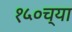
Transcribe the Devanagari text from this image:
१५०च्या